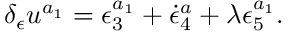
\delta _ { \epsilon } u ^ { a _ { 1 } } = \epsilon _ { 3 } ^ { a _ { 1 } } + \dot { \epsilon } _ { 4 } ^ { a } + \lambda \epsilon _ { 5 } ^ { a _ { 1 } } .